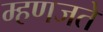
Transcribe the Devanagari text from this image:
म्हणजते